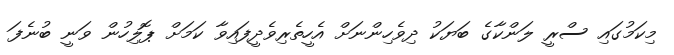
މިކަމުގައި ސްރީ ލަންކާގެ ބަޔަކު ދިވެހިންނަށް އެހީތެރިވެދީފައިވާ ކަމަށް ޕޮލިހުން ވަނީ ބުނެފަ